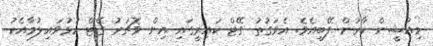
މިއުޝީން ކާރުން ފޭބިއެވެ. އެވަގުތު ގޭޓް ކައިރީގައި އިން ވޮޗަރު ގޭޓް ހުޅުވައިލުމާއެކު